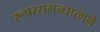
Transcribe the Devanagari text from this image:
रूपरसगन्धात्मने